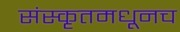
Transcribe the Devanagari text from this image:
संस्कृतमधूनच